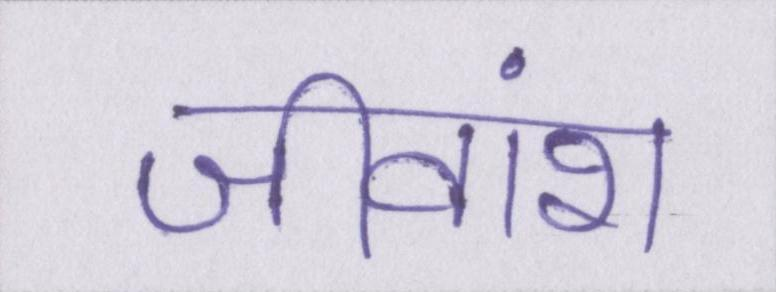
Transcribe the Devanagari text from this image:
जीवांश